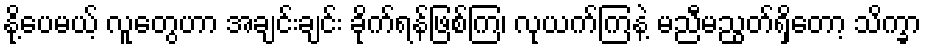
နို့ပေမယ့် လူတွေဟာ အချင်းချင်း ခိုက်ရန်ဖြစ်ကြ၊ လုယက်ကြနဲ့ မညီမညွတ်ရှိတော့ သိက္ခာ